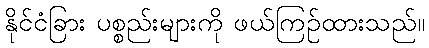
နိုင်ငံခြား ပစ္စည်းများကို ဖယ်ကြဉ်ထားသည်။